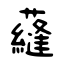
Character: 蘕